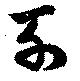
列